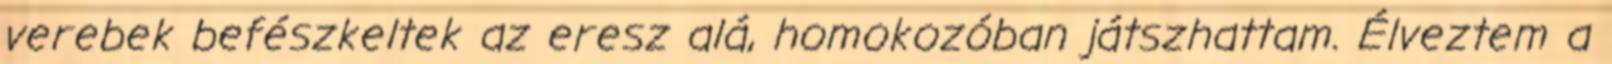
verebek befészkeltek az eresz alá, homokozóban játszhattam. Élveztem a